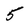
Character: 5